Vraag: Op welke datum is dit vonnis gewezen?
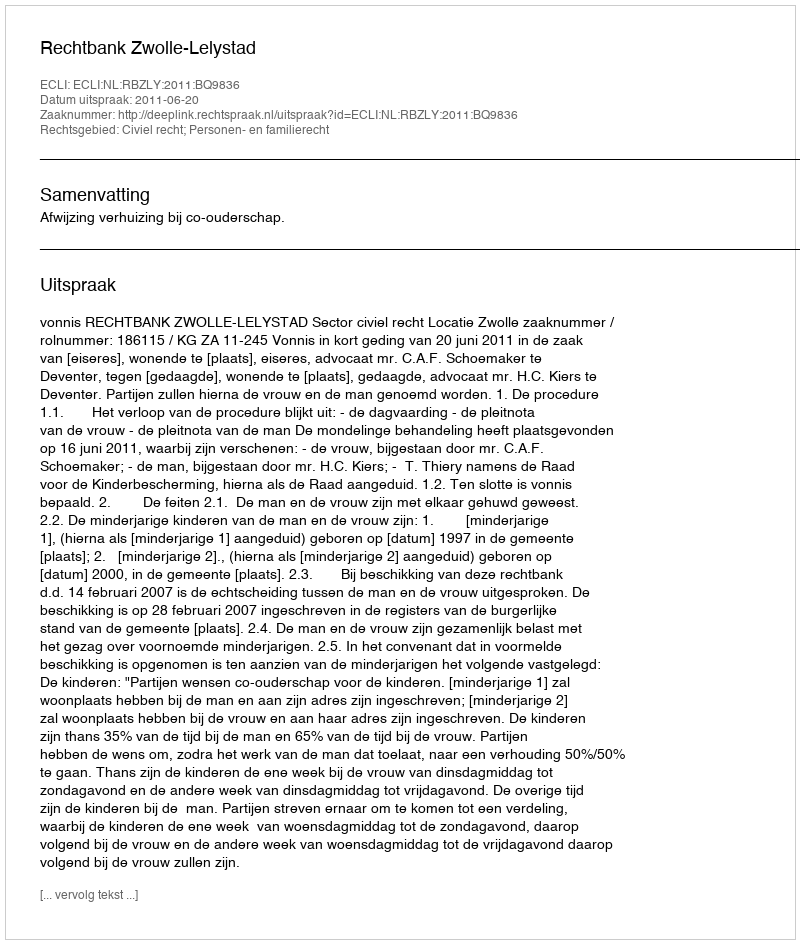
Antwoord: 2011-06-20